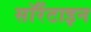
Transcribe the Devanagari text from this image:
सॉरेंटाइन